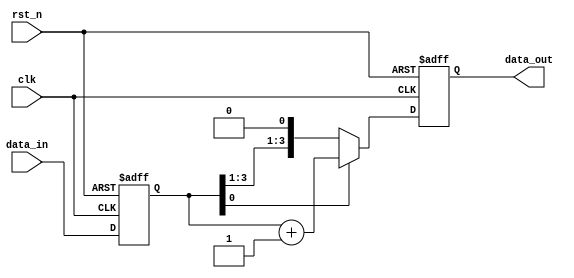
module synchronous_design (
    input wire clk,          // Clock input
    input wire rst_n,       // Reset input (active low)
    input wire [3:0] data_in, // 4-bit input signal
    output reg [3:0] data_out // 4-bit output signal
);

    // State register to hold the current state
    reg [3:0] state;

    // Always block triggers on the positive edge of the clock
    always @(posedge clk or negedge rst_n) begin
        if (!rst_n) begin
            // Reset the state and output to 0 when reset is asserted
            state <= 4'b0000;
            data_out <= 4'b0000;
        end else begin
            // State transition logic: update state based on input
            state <= data_in;

            // Conditional logic to update output based on the new state
            if (state[0]) begin
                // Example condition: if the least significant bit is 1
                data_out <= state + 1; // Increment the state
            end else begin
                data_out <= state; // Keep the current state
            end
        end
    end

endmodule